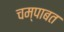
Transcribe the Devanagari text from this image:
चम्पाबत